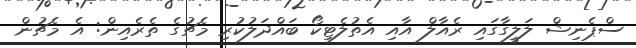
ސްޕެނިޝް ލަލީގާގައި ރެއާލް އާއި އެތުލެޓިކޯ ބައްދަލުކުރި މެޗުގެ ތެރެއިން: އެ މެޗުން